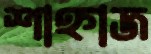
শাহ্নাজ